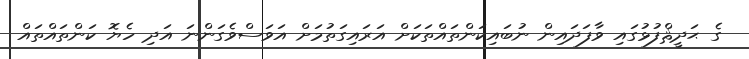
ގެ ޙަދީޘްފުޅުގައި ވާފަދައިން ނުބައިކަންތައްތަކަށް އަރައިގަތުމަށް އަވަސްވެގަންނަ އަދި ހެޔޮ ކަންތައްތައް